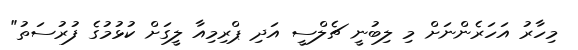
މިހާރު އަހަރެންނަށް މި ލިބުނީ ޗެލްސީ އަދި ޕްރިމިއާ ލީގަށް ކުޅުމުގެ ފުރުސަތު"